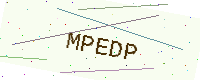
Text: MPEDP